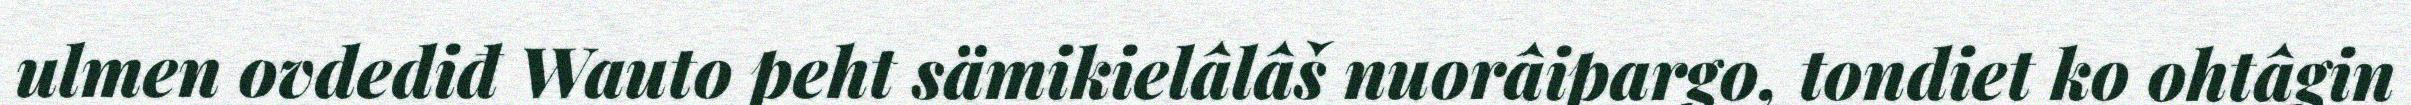
ulmen ovdediđ Wauto peht sämikielâlâš nuorâipargo, tondiet ko ohtâgin